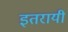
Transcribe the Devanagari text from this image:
इतरायी